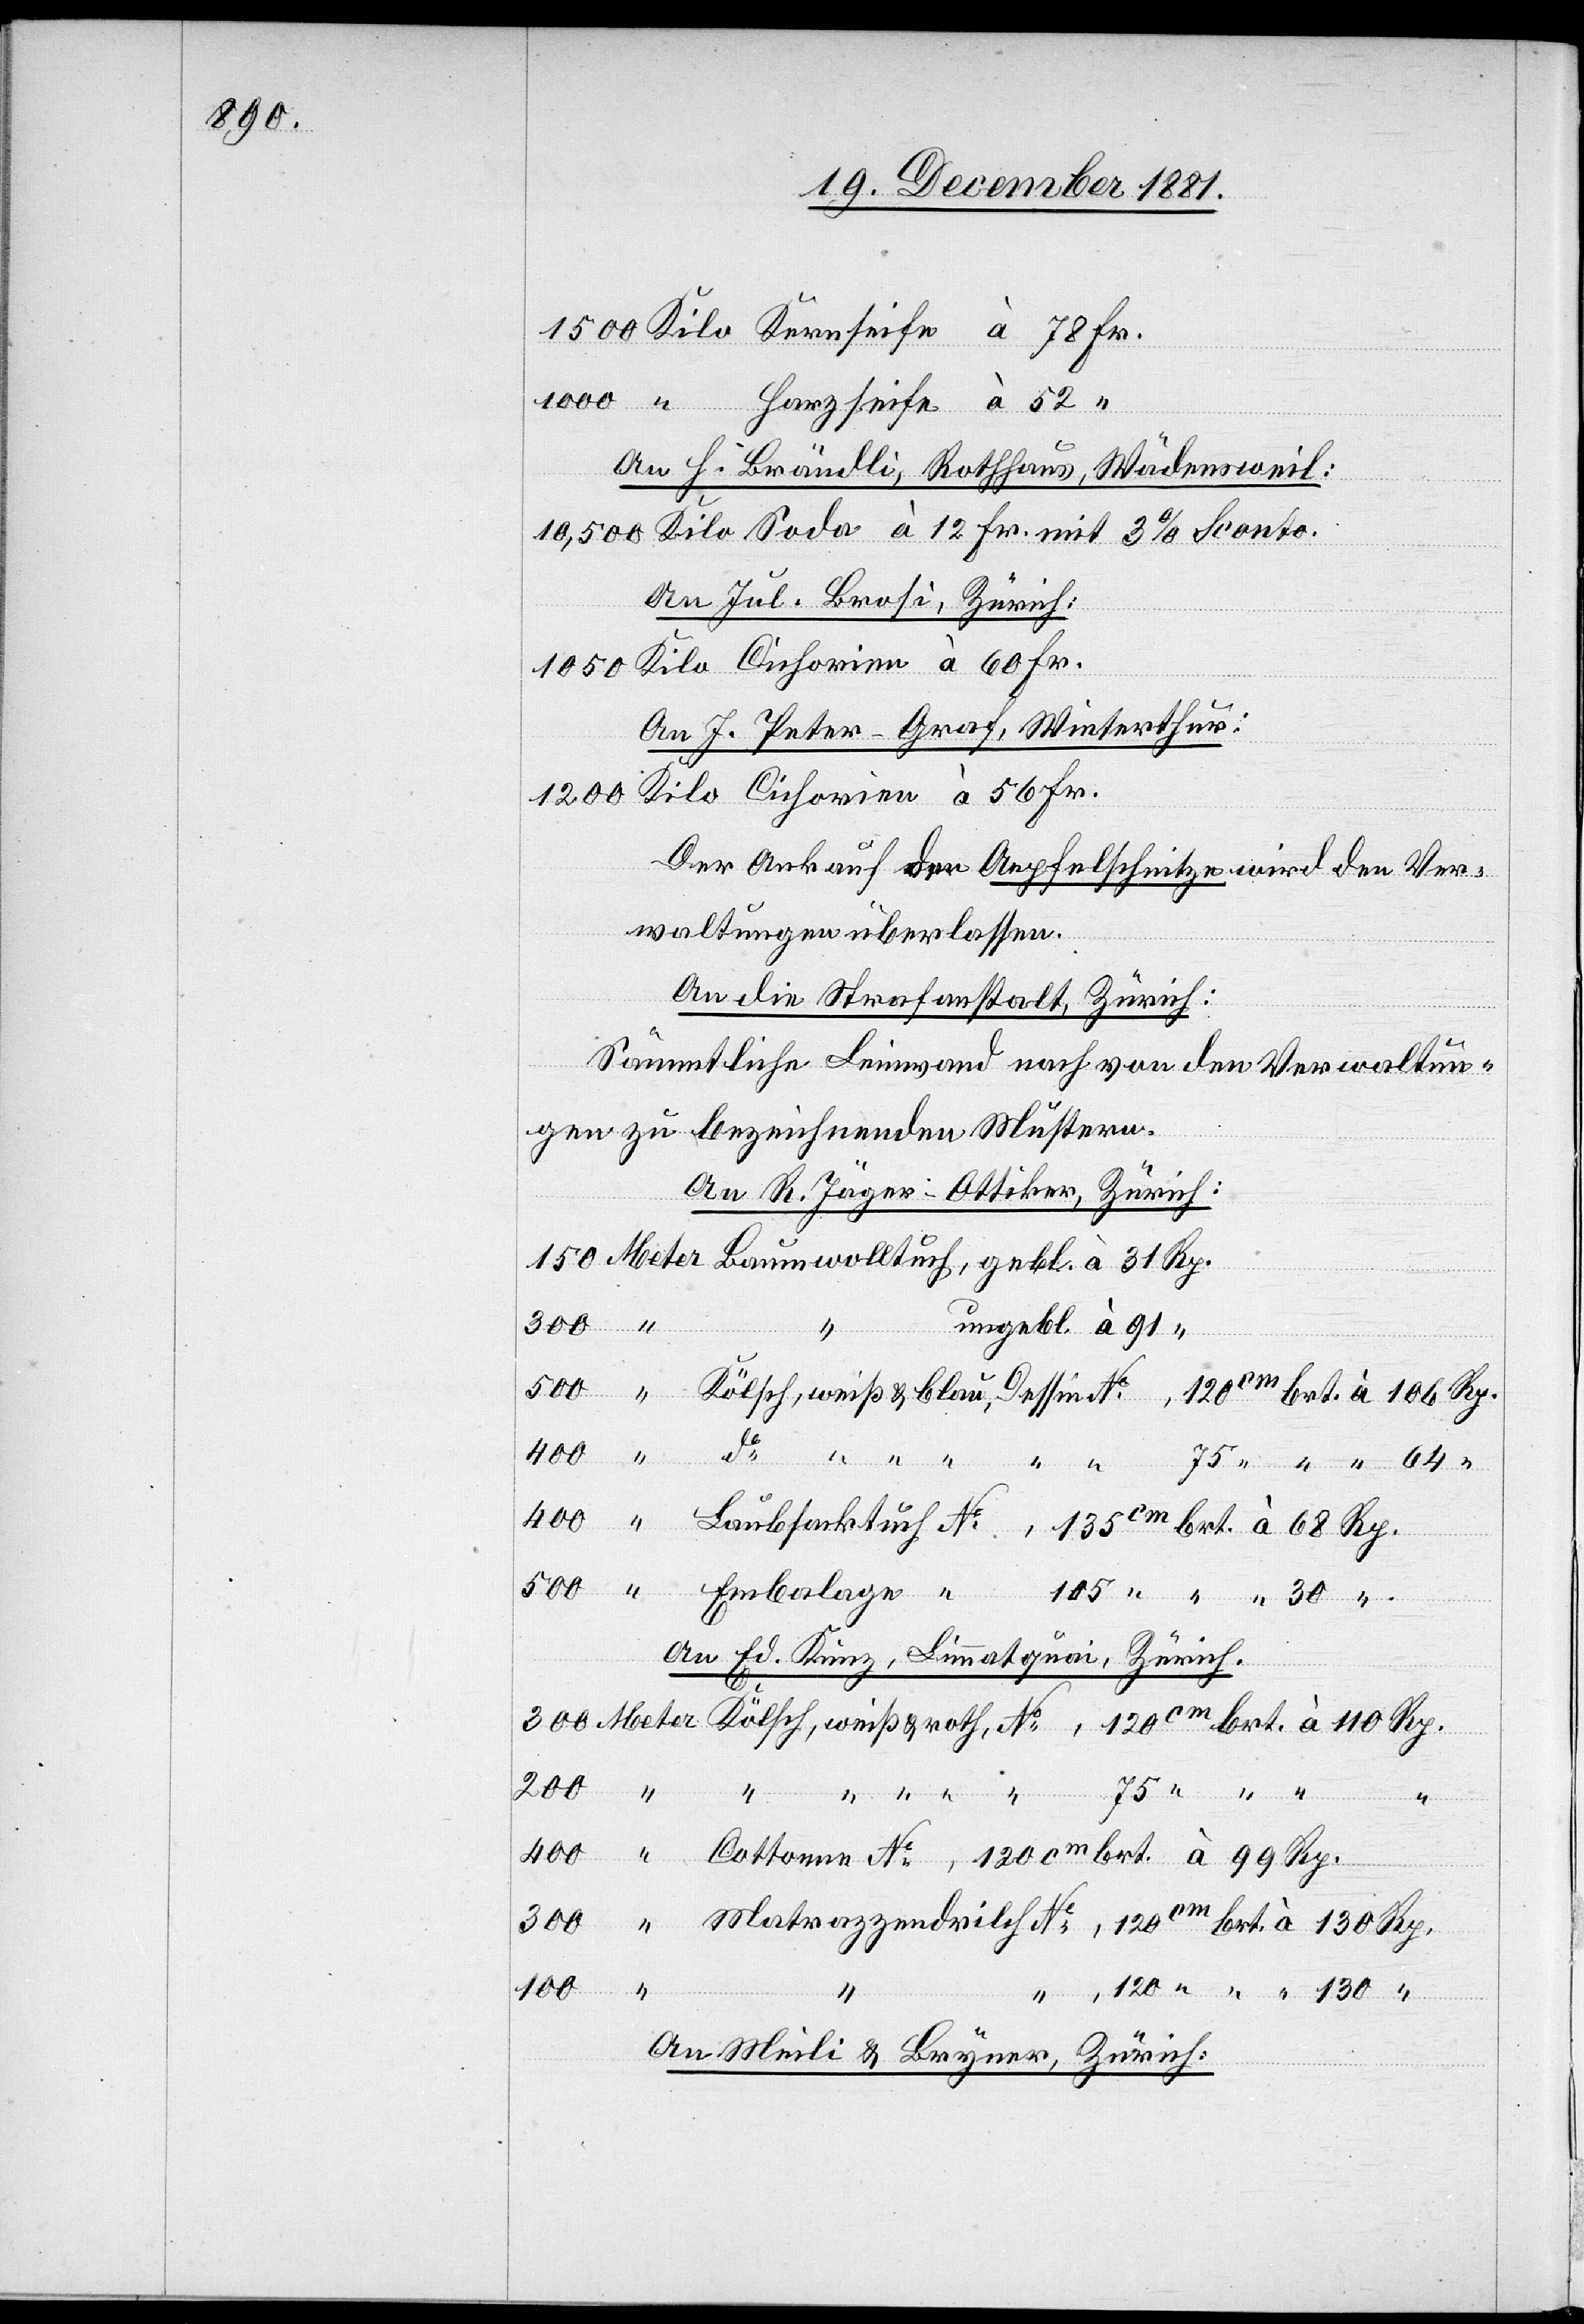
An H. Brändli, Rothhaus, Wädensweil:
10,500 Kilo Soda à 12 Fr. mit 3% Sconto.
An Jul. Brosi, Zürich:
Kilo Cichorien à 60 Fr.
105 “
An J. Peter-Graf, Winterthur:
Kilo Cichorien à 56 Fr.
1200
Der Ankauf der Aepfelschnitze wird den Ver¬
waltungen überlassen.
An die Strafanstalt Zürich:
Sämmtliche Leinwand nach von den Verwaltun¬
gen zu bezeichnenden Mustern.
An R. Jäger-Ottiker, Zürich:
gebl. à 31
Kölsch, weiß & roth, No …, 120cm brt. à 110 Rp.
An Ed. Kunz, Limmatquai, Zürich.
Rp.
100
…,
unebgl.
“ “ …
400
“
Cottonen No …, 120cm brt. à 99 Rp.
…, 120 “ “ “ 130 “
An Meili & Beyner, Zürich: